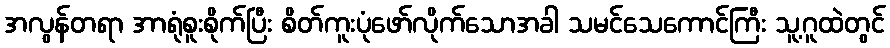
အလွန်တရာ အာရုံစူးစိုက်ပြီး စိတ်ကူးပုံဖော်လိုက်သောအခါ သမင်သေကောင်ကြီး သူ့ဂူထဲတွင်